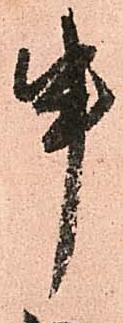
申